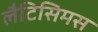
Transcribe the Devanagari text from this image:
लैटिसिमस